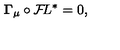
{ \bf \Gamma } _ { \mu } \circ { \cal F } \! L ^ { * } = 0 ,